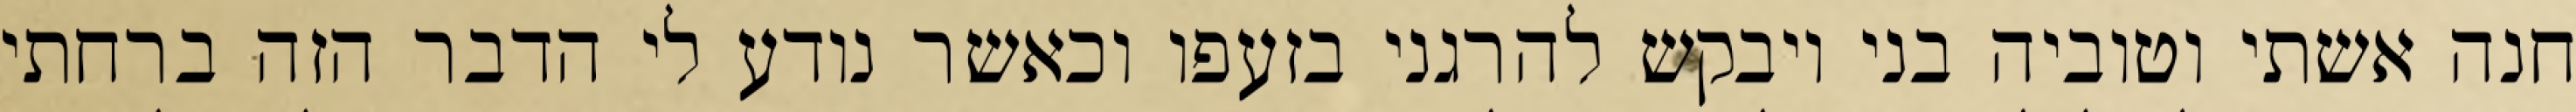
חנה אשתי וטוביה בני ויבקש להרגני בזעפו וכאשר נודע לי הדבר הזה ברחתי